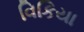
વિકિયા